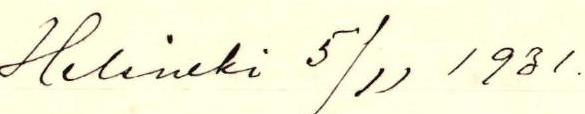
Helsinki 5/11 1931